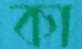
কা